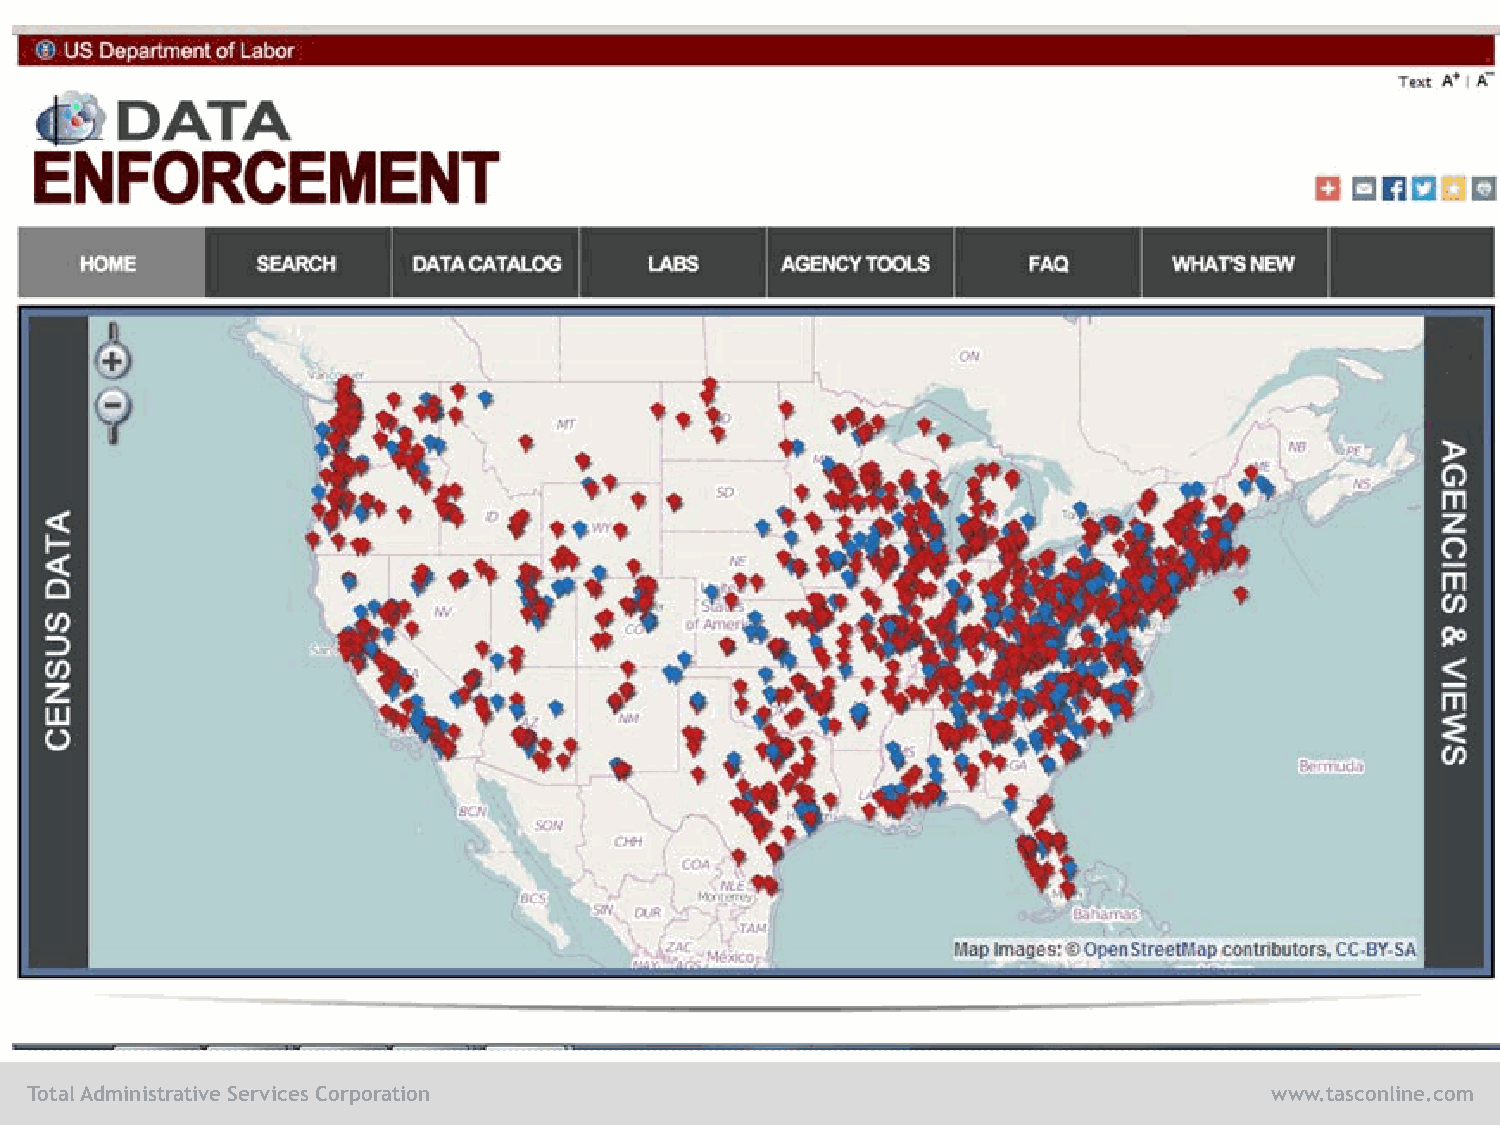
Total Administrative Services Corporation                                         www.tasconline.com